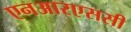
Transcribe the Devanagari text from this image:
एनआरएससी